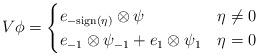
LaTeX: \begin{align*}V\phi=\begin{cases}e_{-\textup{sign}(\eta)}\otimes \psi & \eta\neq 0\\e_{-1}\otimes \psi_{-1}+e_{1}\otimes \psi_1 & \eta=0\end{cases}\end{align*}